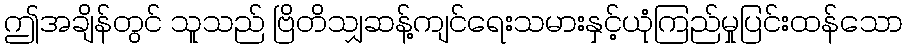
ဤအချိန်တွင် သူသည် ဗြိတိသျှဆန့်ကျင်ရေးသမားနှင့်ယုံကြည်မှုပြင်းထန်သော